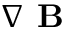
\nabla \textbf { B }